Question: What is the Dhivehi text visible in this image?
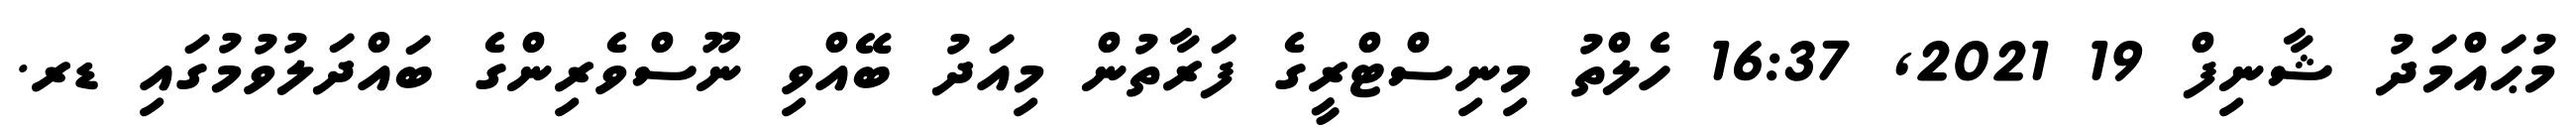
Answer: މުޙައްމަދު ޝާނިފް 19 2021, 16:37 ހެލްތު މިނިސްޓްރީގެ ފަރާތުން މިއަދު ބޭއްވި ނޫސްވެރިންގެ ބައްދަލުވުމުގައި ޑރ.